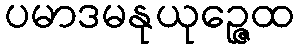
ပမာဒမနုယုဉ္ဇေထ